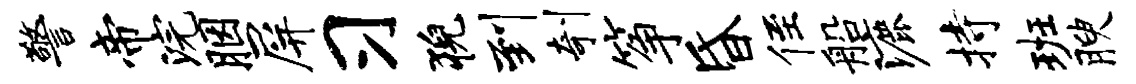
警帝浣胭屏习猊到剞筝昏侄船漉持班腴